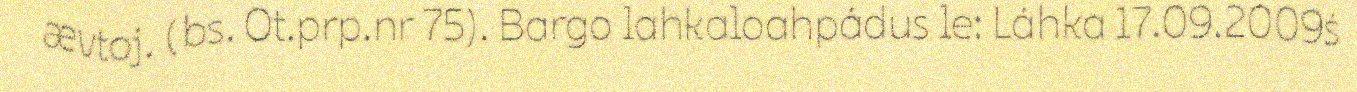
ævtoj. (bs. Ot.prp.nr 75). Bargo lahkaloahpádus le: Láhka 17.09.2009ś